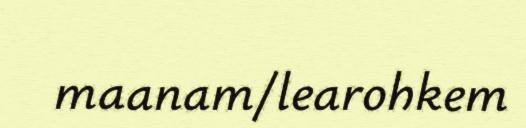
maanam/learohkem